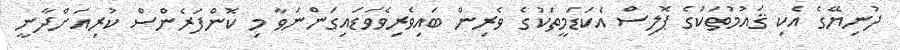
ދުނިޔޭގެ އެކި ޤައުމުތަކުގެ ޕޮލިސް އެކަޑަމީތަކުގެ ވެރިން ބައިވެރިވެވަޑައިގަންނަވާ މި ކޮންފަރެންސް ކުރިއަށްދާނީ